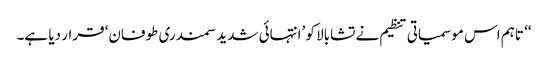
‘‘ تاہم اس موسمیاتی تنظیم نے تشابالا کو ’انتہائی شدید سمندری طوفان‘ قرار دیا ہے۔